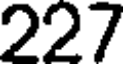
227